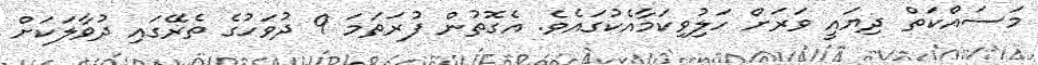
މަސައްކަތް ދިޔައީ ވަރަށް ހަލިުވިކަމާއެކުގައެވެ. އެގޮތުން ފުރަތަމަ 9 ދުވަހުގެ ތެރޭގައި ދުވާލަކަށް